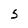
Character: S